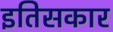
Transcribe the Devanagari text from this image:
इतिसकार